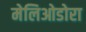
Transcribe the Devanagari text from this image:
मेलिओडोरा